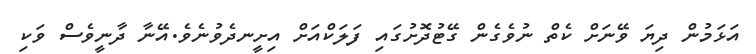
އަޅަމުން ދިޔަ ވޭނަށް ކެތް ނުވެގެން ގޭޓުދޮށުގައި ފަލަކްއަށް އިށީނދެވުނެވެ.އޭނާ ދާނީވެސް ވަކި